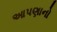
આપણાનો